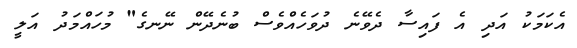
އެކަމަކު އަދި އެ ފައިސާ ދެވޭނެ ދުވަހެއްވެސް ބުނެދޭން ނޭނގެ" މުހައްމަދު އަލީ